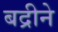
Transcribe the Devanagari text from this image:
बद्रीने